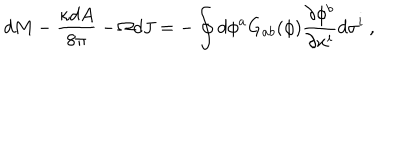
d M - { \frac { \kappa d A } { 8 \pi } } - \Omega d J = - \oint { d \phi ^ { a } G _ { a b } ( \phi ) { \frac { \partial \phi ^ { b } } { \partial x ^ { i } } } d \sigma ^ { i } } \ ,